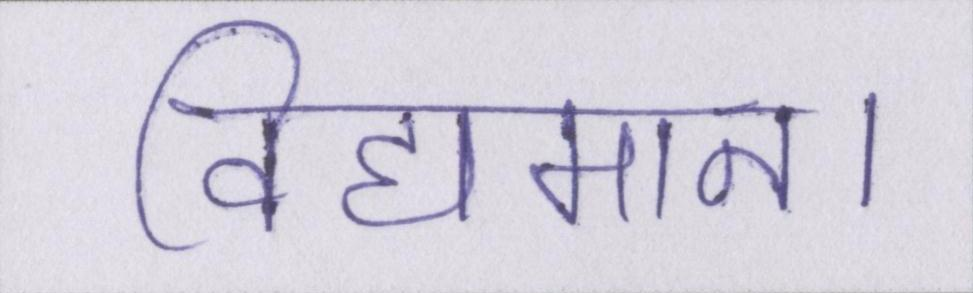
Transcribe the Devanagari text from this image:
विद्यमान।